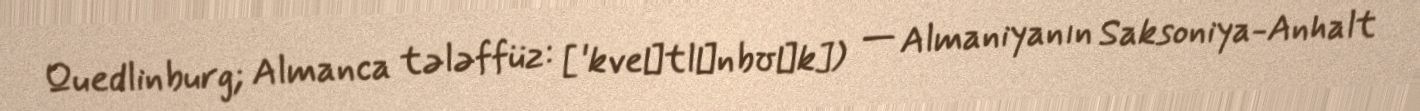
Quedlinburg; Almanca tələffüz: [ˈkveːtlɪnbʊʁk]) — Almaniyanın Saksoniya-Anhalt